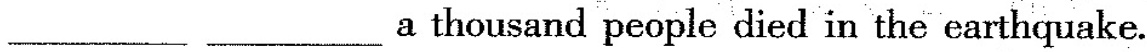
___ ___a thousand people died in the earthquake.